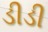
ડીડી